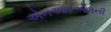
એનઆરએલની